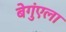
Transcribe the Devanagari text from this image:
बेगुंएला